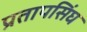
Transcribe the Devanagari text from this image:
प्रतापसिंघ